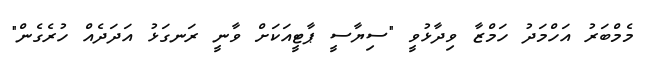
މެމްބަރު އަހްމަދު ހަމްޒާ ވިދާޅުވީ "ސިޔާސީ ޕާޓީއަކަށް ވާނީ ރަނގަޅު އަދަދެއް ހުރެގެން"